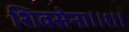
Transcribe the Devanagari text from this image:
शिवसेना।।१।।